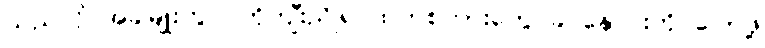
သည်လို အခါမျိုးတွင် ကိုကျီးညိုရင်ထဲကစကားတွေ ခင်နှောင်းကို ပြောဖို့